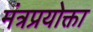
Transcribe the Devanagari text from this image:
मंत्रप्रयोक्ता